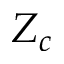
Z _ { c }